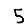
Digit: 5